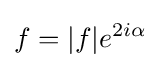
f=|f|e^{2i\alpha }